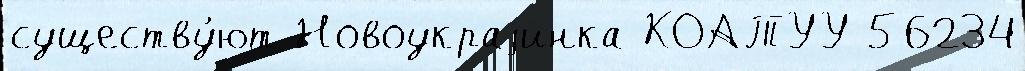
существу́ют Новоукраjинка КОАТУУ 56234